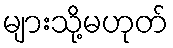
များသို့မဟုတ်